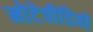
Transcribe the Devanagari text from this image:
मोटेवीडियो